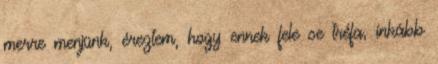
merre menjünk, éreztem, hogy ennek fele se tréfa, inkább